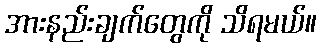
အားနည်းချက်တွေကို သိရမယ်။